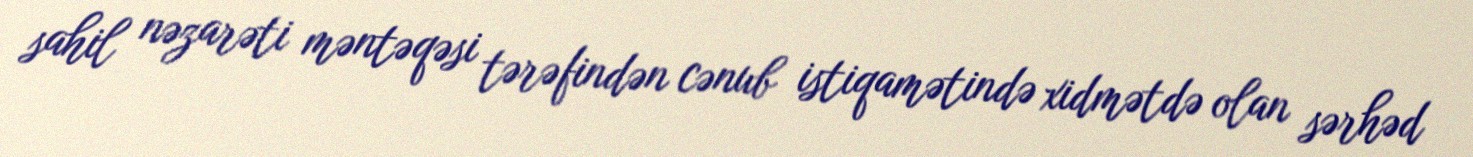
sahil nəzarəti məntəqəsi tərəfindən cənub istiqamətində xidmətdə olan sərhəd